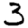
Digit: 3